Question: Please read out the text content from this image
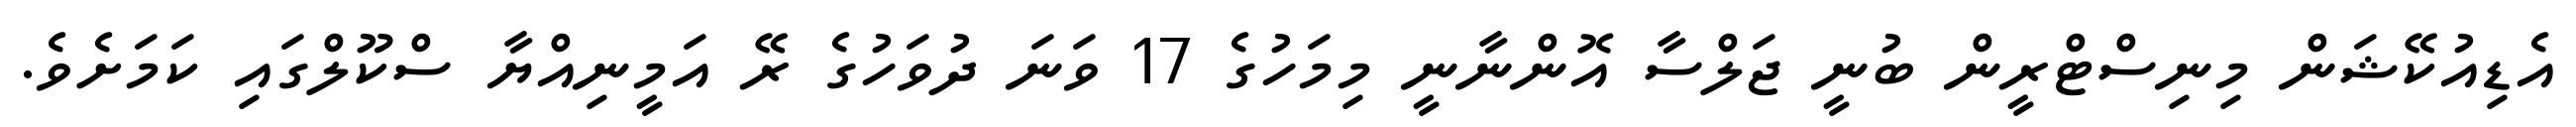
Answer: އެޑިއުކޭޝަން މިނިސްޓްރީން ބުނީ ޖަލްސާ އޮންނާނީ މިމަހުގެ 17 ވަނަ ދުވަހުގެ ރޭ އަމީނިއްޔާ ސްކޫލްގައި ކަމަށެވެ.